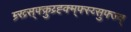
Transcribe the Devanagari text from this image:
म्र्ख्र्स्फ्क्रुय्र्ह्क्म्फ्स्य्सुफ्ज्व्